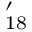
' _ { 1 8 }